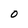
Character: 0